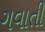
ગવાતી